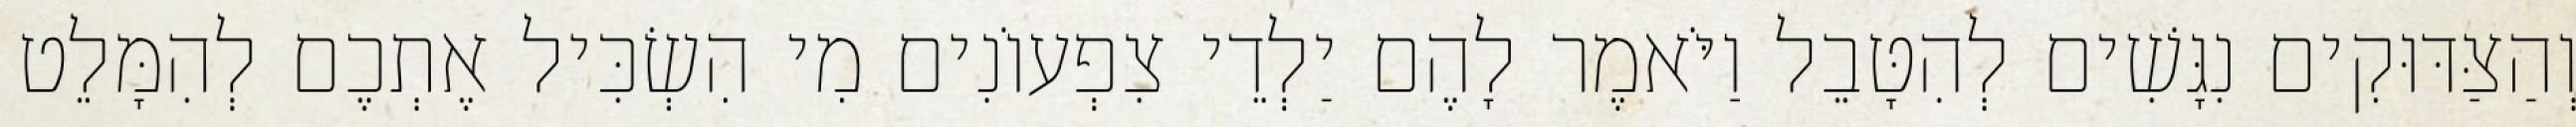
וְהַצַּדּוּקִים נִגָּשִׁים לְהִטָּבֵל וַיֹּאמֶר לָהֶם יַלְדֵי צִפְעוֹנִים מִי הִשְׂכִּיל אֶתְכֶם לְהִמָּלֵט